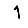
Digit: 1